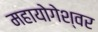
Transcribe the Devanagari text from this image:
महायोगेश्वर